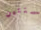
بسنتين